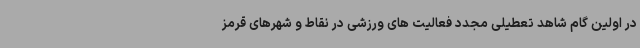
در اولین گام شاهد تعطیلی مجدد فعالیت های ورزشی در نقاط و شهرهای قرمز